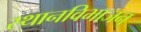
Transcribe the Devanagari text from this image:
स्थानविभाजन